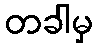
တခါမှ